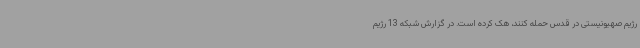
رژیم صهیونیستی در قدس حمله کنند، هک کرده است. در گزارش شبکه 13 رژیم